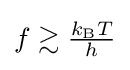
f\gtrsim {\tfrac {k_{\text{B}}T}{h}}